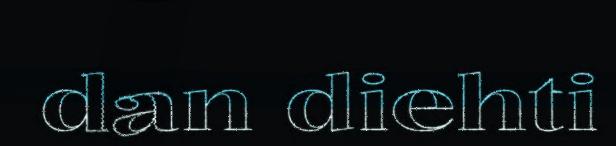
dan diehti